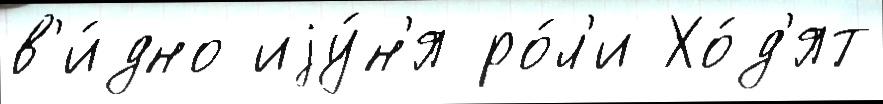
в'и́дно иjу́н'я ро́л'и Хо́д'ят